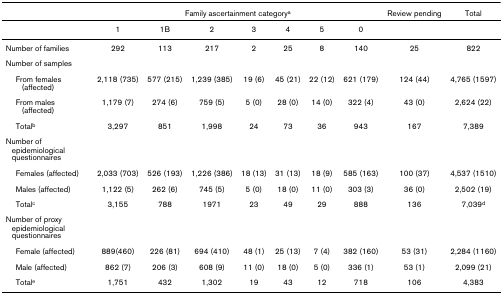
<table><thead><tr><td></td><td colspan="7"><b>Family ascertainment category<sup>a</sup></b></td><td><b>Review pending</b></td><td><b>Total</b></td></tr></thead><tbody><tr><td></td><td>1</td><td>1B</td><td>2</td><td>3</td><td>4</td><td>5</td><td>0</td><td></td><td></td></tr><tr><td>Number of families</td><td>292</td><td>113</td><td>217</td><td>2</td><td>25</td><td>8</td><td>140</td><td>25</td><td>822</td></tr><tr><td>Number of samples</td><td></td><td></td><td></td><td></td><td></td><td></td><td></td><td></td><td></td></tr><tr><td> From females (affected)</td><td>2,118 (735)</td><td>577 (215)</td><td>1,239 (385)</td><td>19 (6)</td><td>45 (21)</td><td>22 (12)</td><td>621 (179)</td><td>124 (44)</td><td>4,765 (1597)</td></tr><tr><td> From males (affected)</td><td>1,179 (7)</td><td>274 (6)</td><td>759 (5)</td><td>5 (0)</td><td>28 (0)</td><td>14 (0)</td><td>322 (4)</td><td>43 (0)</td><td>2,624 (22)</td></tr><tr><td> Total<sup>b</sup></td><td>3,297</td><td>851</td><td>1,998</td><td>24</td><td>73</td><td>36</td><td>943</td><td>167</td><td>7,389</td></tr><tr><td>Number of epidemiological questionnaires</td><td></td><td></td><td></td><td></td><td></td><td></td><td></td><td></td><td></td></tr><tr><td> Females (affected)</td><td>2,033 (703)</td><td>526 (193)</td><td>1,226 (386)</td><td>18 (13)</td><td>31 (13)</td><td>18 (9)</td><td>585 (163)</td><td>100 (37)</td><td>4,537 (1510)</td></tr><tr><td> Males (affected)</td><td>1,122 (5)</td><td>262 (6)</td><td>745 (5)</td><td>5 (0)</td><td>18 (0)</td><td>11 (0)</td><td>303 (3)</td><td>36 (0)</td><td>2,502 (19)</td></tr><tr><td> Total<sup>c</sup></td><td>3,155</td><td>788</td><td>1971</td><td>23</td><td>49</td><td>29</td><td>888</td><td>136</td><td>7,039<sup>d</sup></td></tr><tr><td>Number of proxy epidemiological questionnaires</td><td></td><td></td><td></td><td></td><td></td><td></td><td></td><td></td><td></td></tr><tr><td> Female (affected)</td><td>889(460)</td><td>226 (81)</td><td>694 (410)</td><td>48 (1)</td><td>25 (13)</td><td>7 (4)</td><td>382 (160)</td><td>53 (31)</td><td>2,284 (1160)</td></tr><tr><td> Male (affected)</td><td>862 (7)</td><td>206 (3)</td><td>608 (9)</td><td>11 (0)</td><td>18 (0)</td><td>5 (0)</td><td>336 (1)</td><td>53 (1)</td><td>2,099 (21)</td></tr><tr><td> Total<sup>e</sup></td><td>1,751</td><td>432</td><td>1,302</td><td>19</td><td>43</td><td>12</td><td>718</td><td>106</td><td>4,383</td></tr></tbody></table>